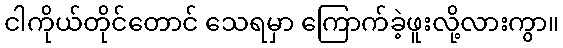
ငါကိုယ်တိုင်တောင် သေရမှာ ကြောက်ခဲ့ဖူးလို့လားကွာ။